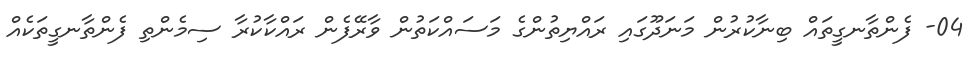
04- ފެންތާނގީތައް ބިނާކުރުން މަނަދޫގައި ރައްޔިތުންގެ މަސައްކަތުން ވާރޭފެން ރައްކާކުރާ ސިމެންތި ފެންތާނގީތަކެއް